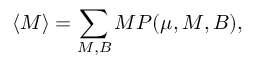
\langle M \rangle = \sum _ { M , B } M P ( \mu , M , B ) ,